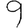
Digit: 9